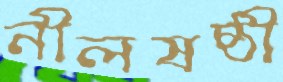
নীলষষ্ঠী